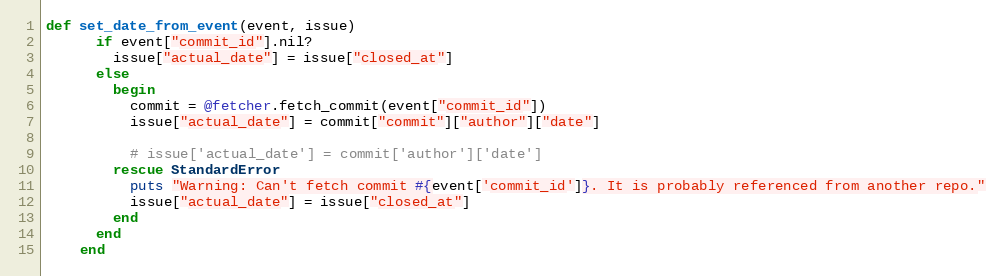
Language: Ruby
def set_date_from_event(event, issue)
      if event["commit_id"].nil?
        issue["actual_date"] = issue["closed_at"]
      else
        begin
          commit = @fetcher.fetch_commit(event["commit_id"])
          issue["actual_date"] = commit["commit"]["author"]["date"]

          # issue['actual_date'] = commit['author']['date']
        rescue StandardError
          puts "Warning: Can't fetch commit #{event['commit_id']}. It is probably referenced from another repo."
          issue["actual_date"] = issue["closed_at"]
        end
      end
    end